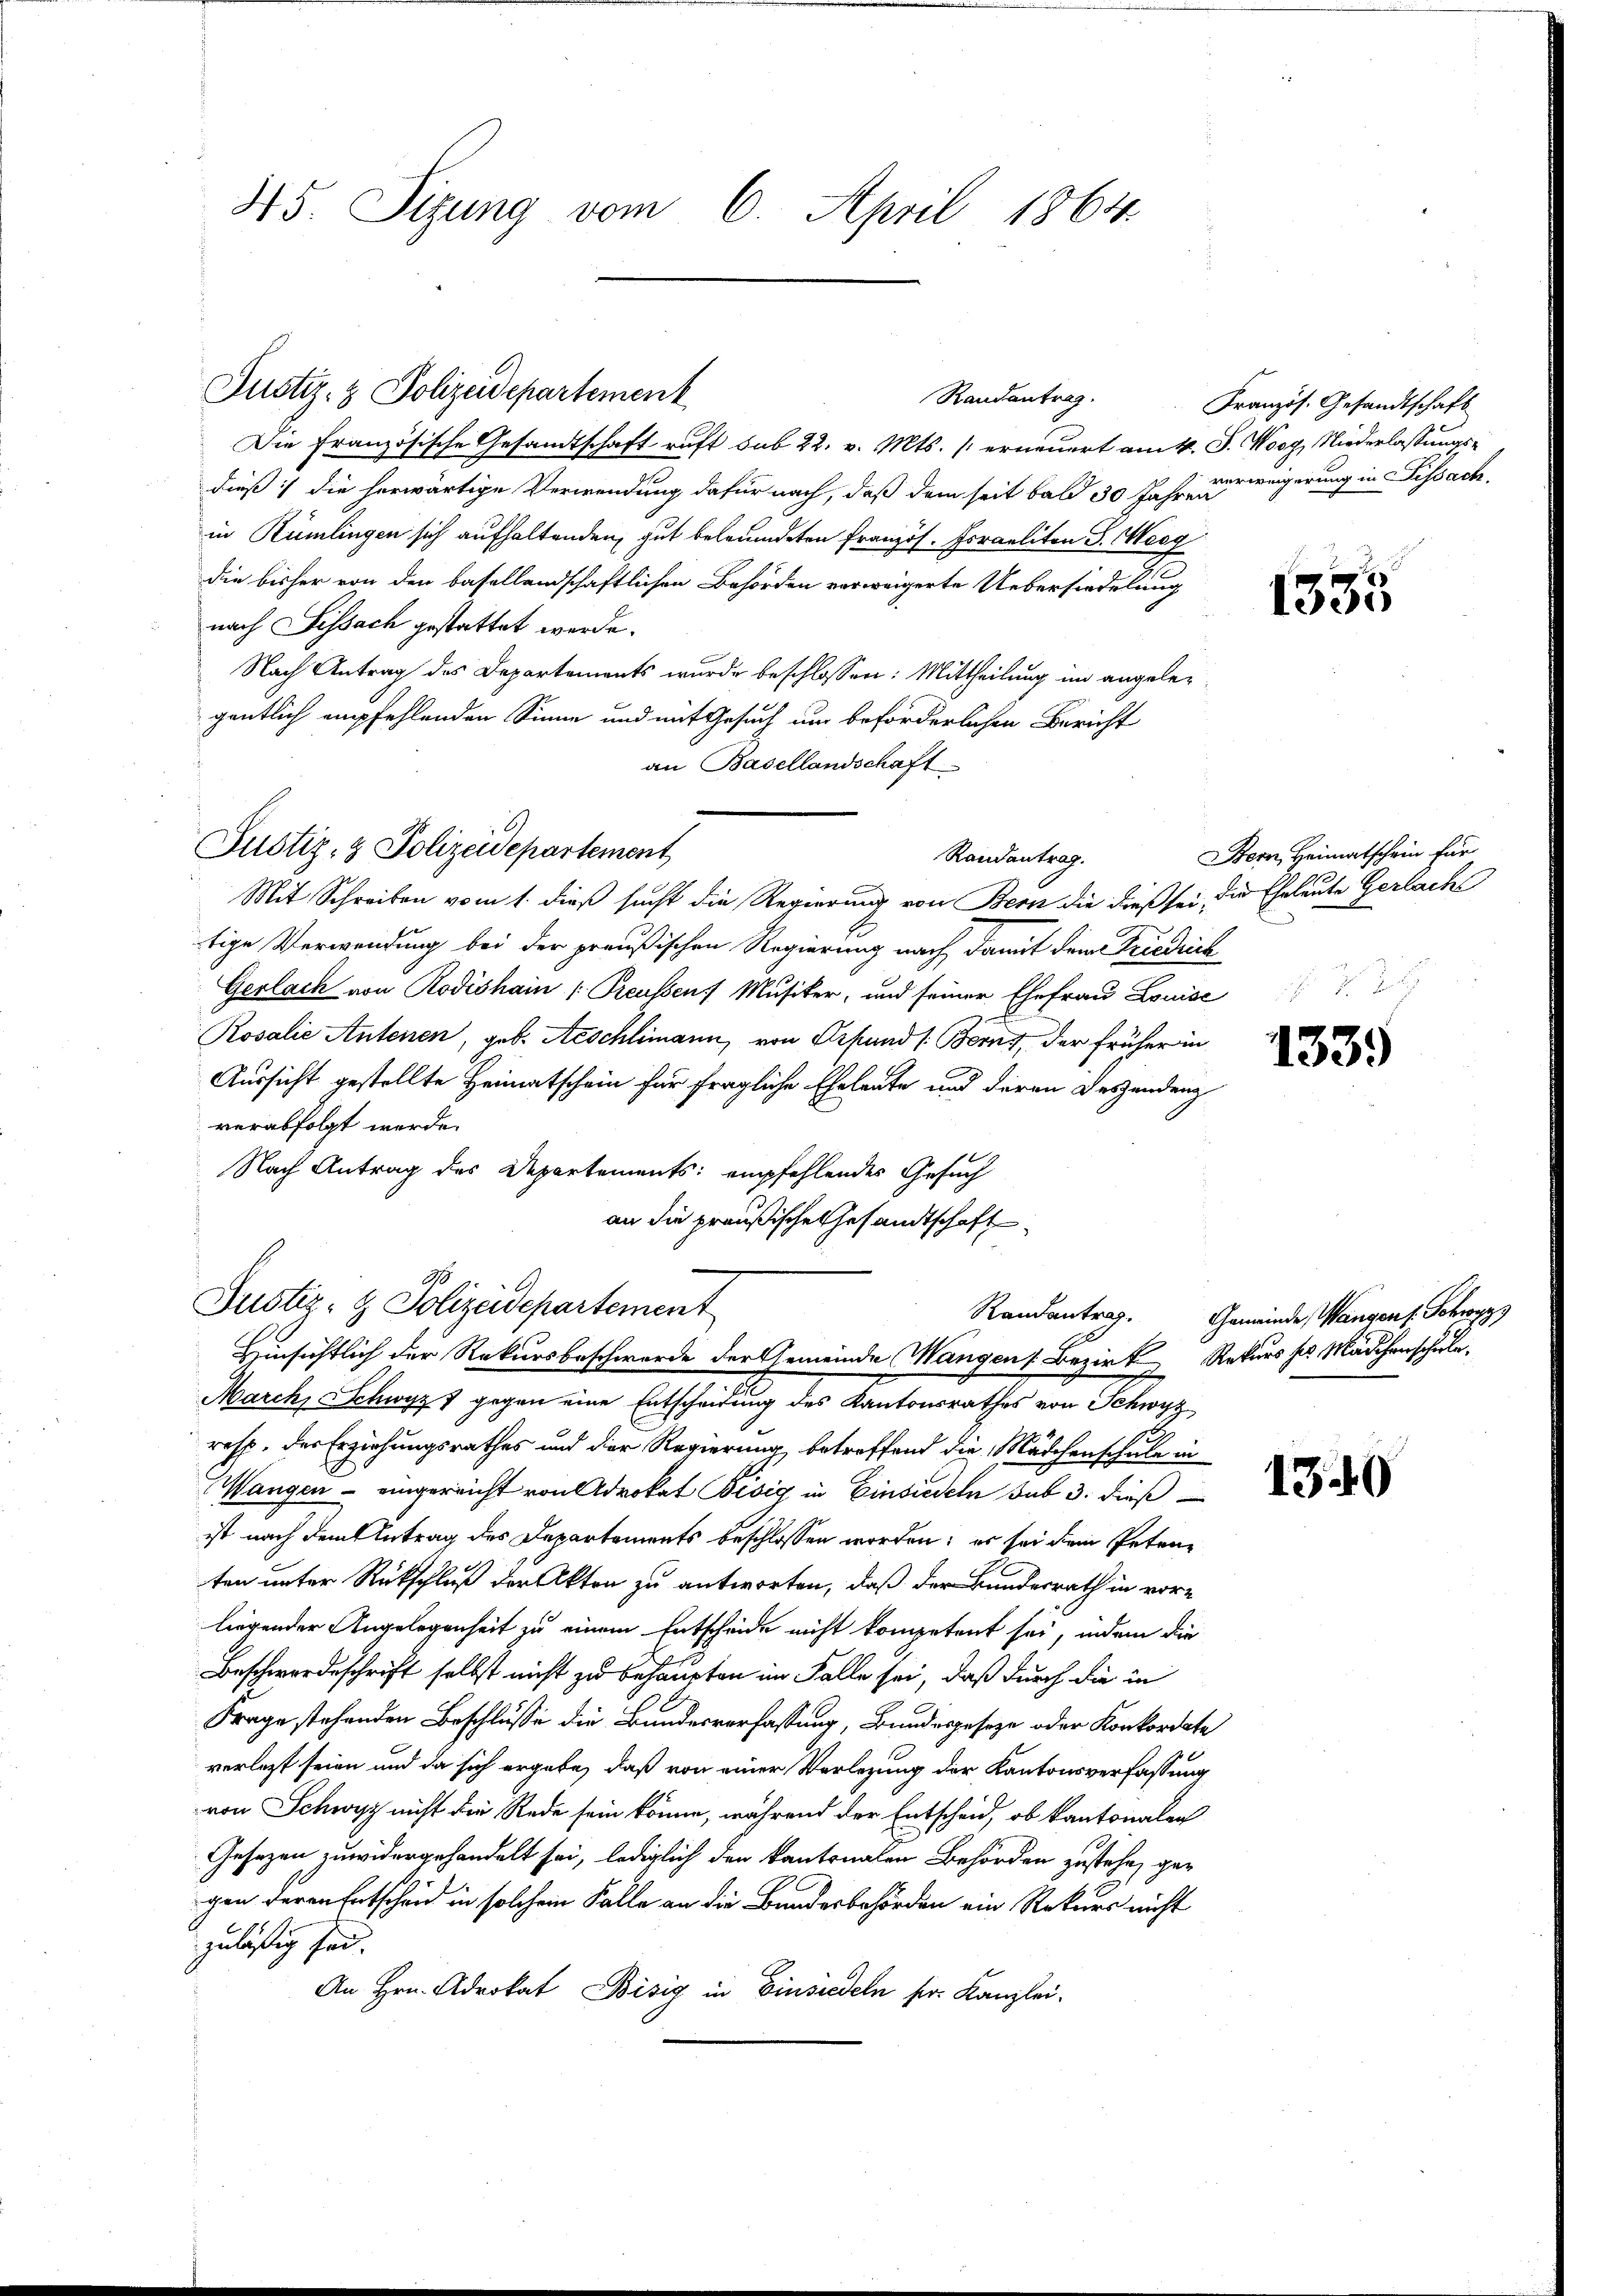
45. Sizung vom 6. April 1864.

Justiz- & Polizeidepartement

Justiz- & Polizeidepartement

Die Französische Gesandtschaft ruft sub 22. v. Mts. erneuert am k. J. Wosg, Niederlassungsdieß die herwärtige Verwendung dafür nach, daß dem seit bald 30 Jahr ausweigerung in Fissach
in Rümlingen sich aufhaltenden, gut beleumdeten Französ. Foraeliten S. Geog
die bisher von den basellandschaftlichen Behörden verweigerte Uebersiedelung
nach Sissach gestattet werde.
Nach Antrag des Departements wurde beschlossen: Mittheilung im angelegentlich empfehlenden Sinne und mit Gesuch um beförderlichen Bericht
an Basellandschaft
Mit Schreiben vom 1. dieß sucht die Regierung von Bern die dieß sei, die Eheleute Gerlacht
tige Verwendung bei der preußischen Regierung nach damit dem Friedrich
Gerlach von Rodishain /: Preussen Musiker, und seiner Ehefrau Louise
Rosalie Antenen, geb. Aeschlimann, von Erfund /: Berns, der früher in
Aussicht gestellte Heimatschein für fragliche Eheleute und deren Deszendenz
verabfolgt werde.
Nach Antrag des Departements empfehlendes Gesuch
an die preußische Gesandtschaft
Justiz- & Polizeidepartement
Hinsichtlich der Rekursbeschwerde der Gemeinde Mangen Bezirk Rekurs ses Mädchenschule,
March, Schwyz 7 gegen eine Entscheidung des Kantonsrathes von Schwyz
resp. der Erziehungsrathes und der Regierung betreffend die Mädchenschule in
Wangen - eingereicht von Advokat Bisig in Einsiedeln sub 3. dieß
ist nach dem Antrag des Departements beschlossen worden; es sei dem Petenten unter Rückschluß der Akten zu antworten, daß der Bundesrath in vor-
liegender Angelegenheit zu einem Entscheide nicht kompetent sei, indem die
Beschwerdeschrift selbst nicht zu behaupten im Falle sei, daß durch die in
Frage stehenden Beschlüsse die Bundesverfassung, Bundesgeseze oder Konkordate
verlegt seien und da sich ergebe, daß von einer Vorlegung der Kantonsverfassung
von Schwyz nicht die Rede sein könne, während der Entscheid, ob kantonalen
Gesezen zuwidergehandelt sei, lediglich den kantonalen Behörden zustehe, gegen deren Entscheid in solchem Falle an die Bundesbehörden ein Rekurs nicht
zulässig sei.
An Hrn. Advokat Bisig in Einsiedeln sr. Kanzlei¬

Randantrag.

Randantrag.

Französ. Gesandtschaft

1335

Bern, Heimatschein für

1339

Randantrag. Gemeinde, Wangen s. Schwyz

1349